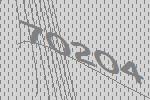
70204